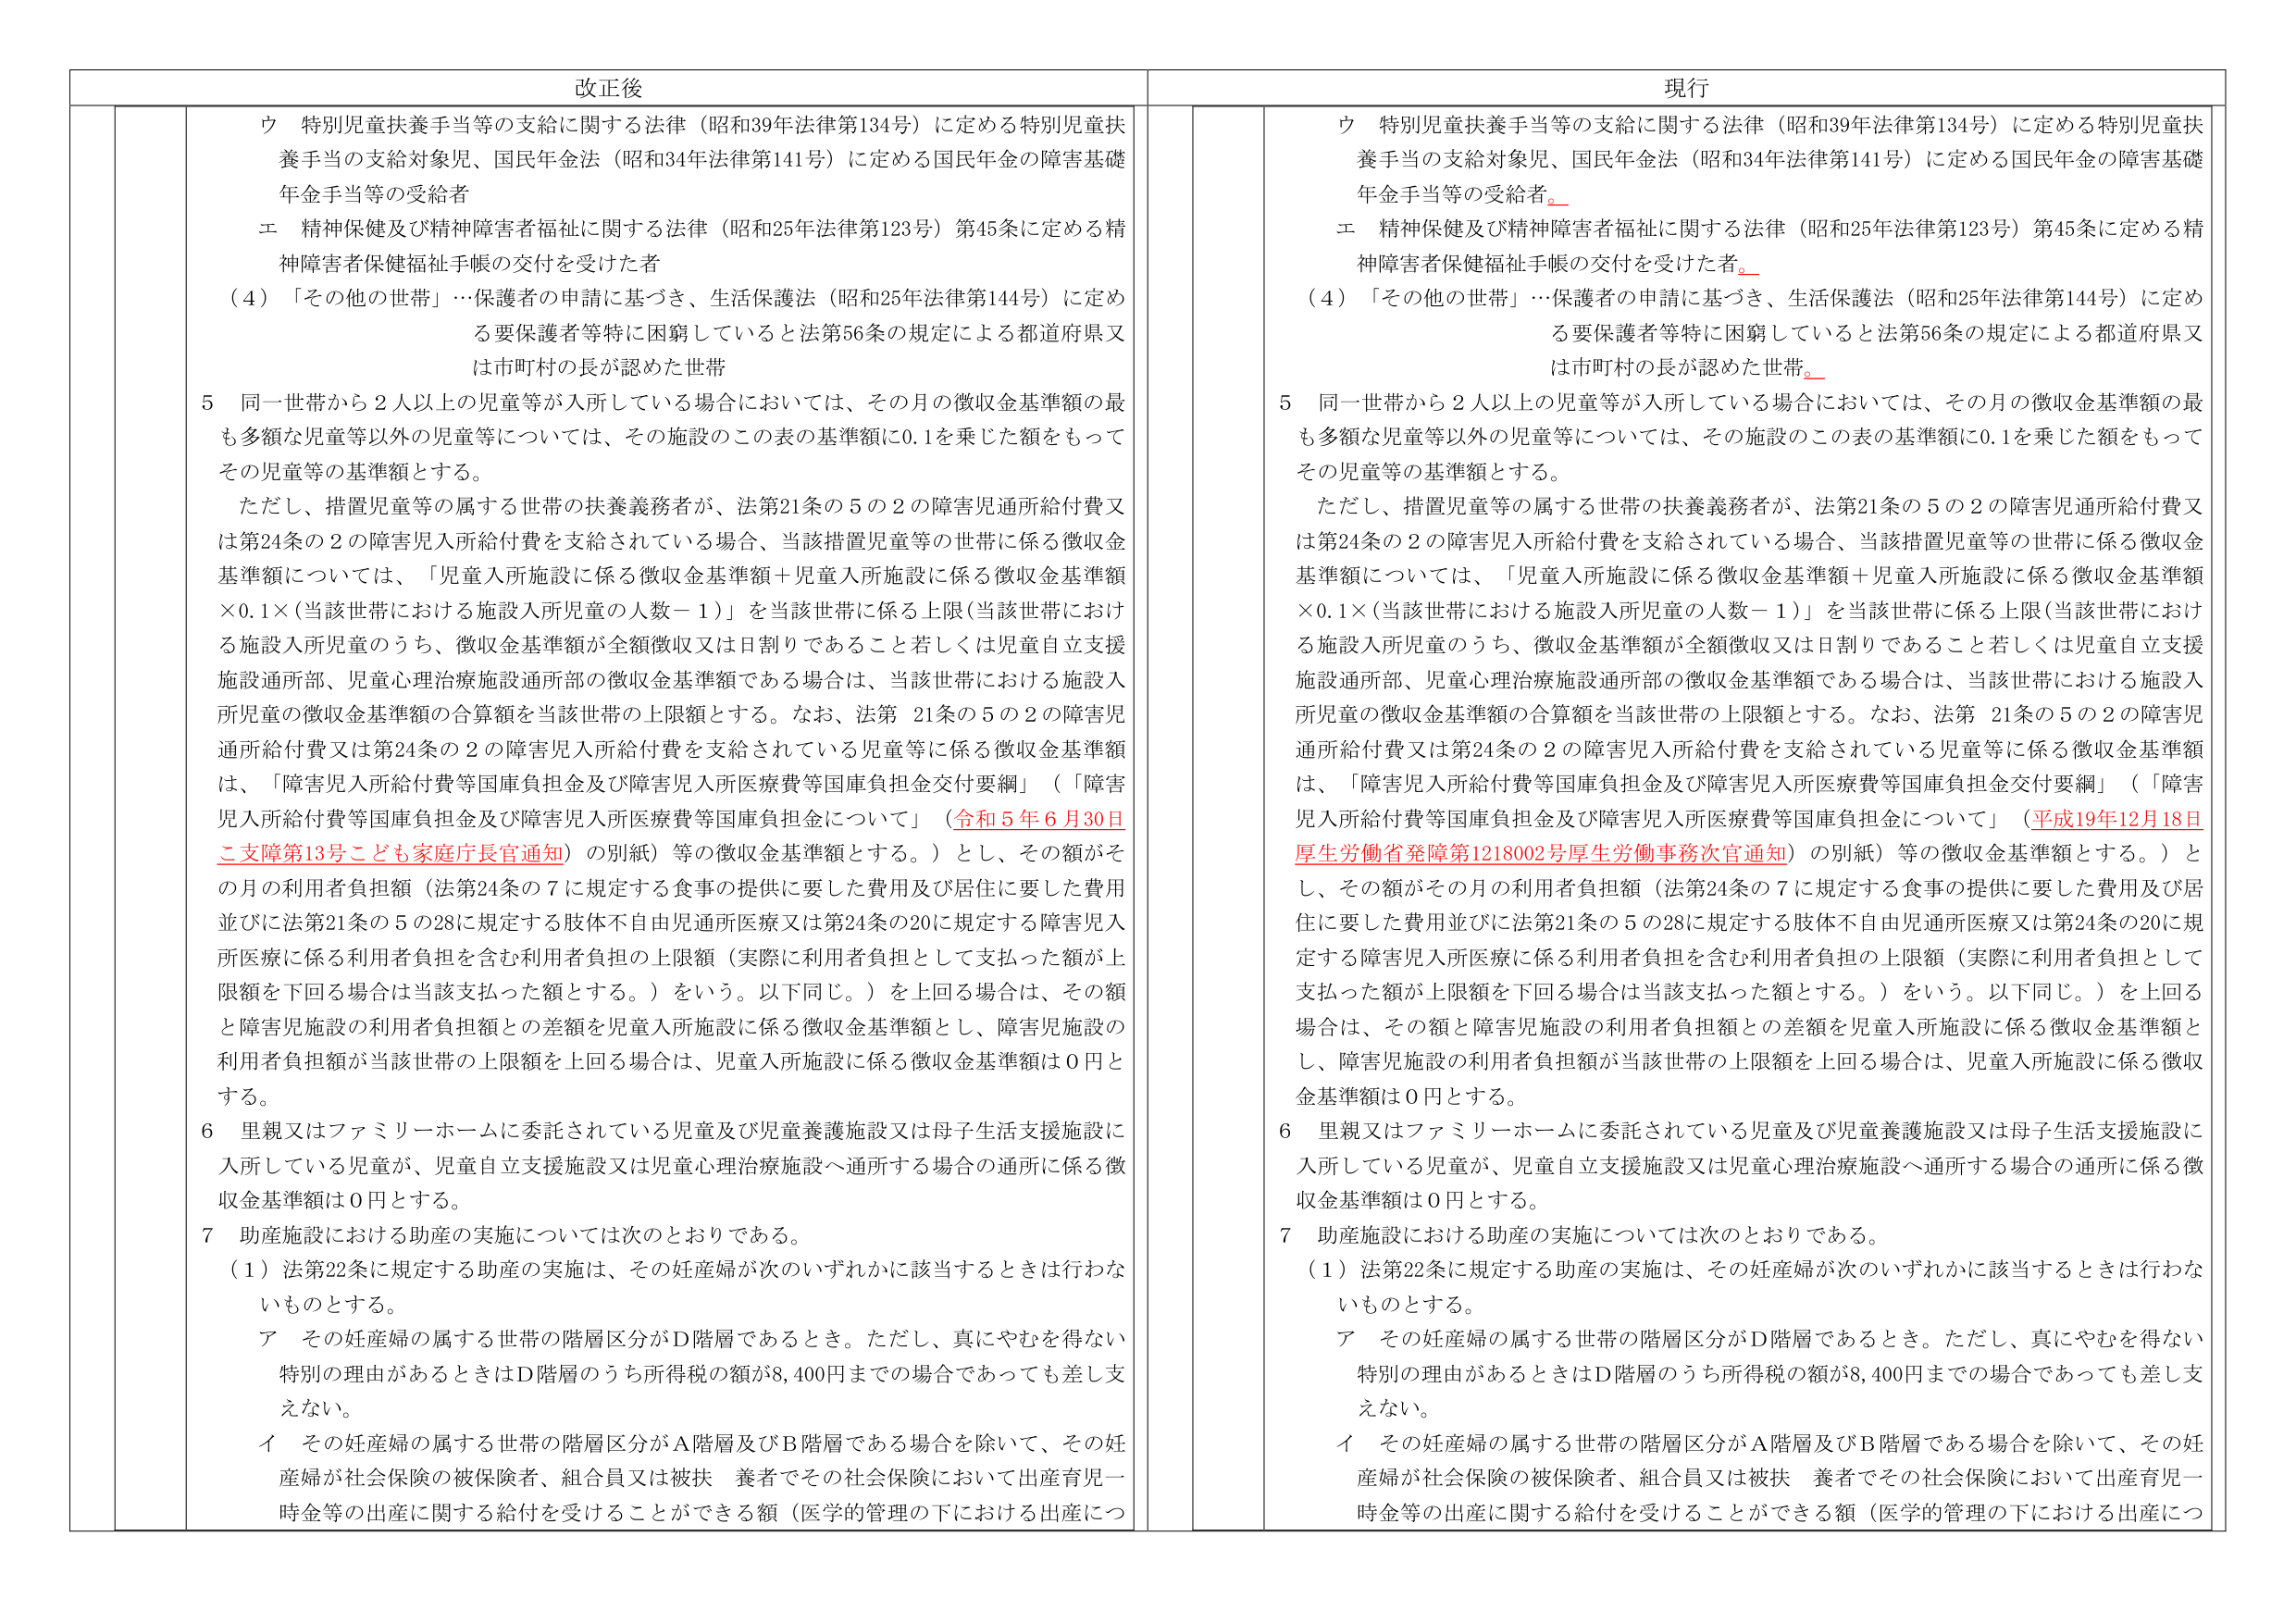
改正後

ウ 特別児童扶養手当等の支給に関する法律（昭和39年法律第134号）に定める特別児童扶養手当の支給対象児、国民年金法（昭和34年法律第141号）に定める国民年金の障害基礎年金手当等の受給者

エ 精神保健及び精神障害者福祉に関する法律（昭和25年法律第123号）第45条に定める精神障害者保健福祉手帳の交付を受けた者

（4）「その他の世帯」…保護者の申請に基づき、生活保護法（昭和25年法律第144号）に定める要保護者等特に困窮していると法第56条の規定による都道府県又は市町村の長が認めた世帯

5 同一世帯から2人以上の児童等が入所している場合においては、その月の徴収金基準額の最も多額な児童等以外の児童等については、その施設のこの表の基準額に0.1を乗じた額をもってその児童等の基準額とする。

ただし、措置児童等の属する世帯の扶養義務者が、法第21条の5の2の障害児通所給付費又は第24条の2の障害児入所給付費を支給されている場合、当該措置児童等の世帯に係る徴収金基準額については、「児童入所施設に係る徴収金基準額＋児童入所施設に係る徴収金基準額×0.1×（当該世帯における施設入所児童の人数－1）」を当該世帯に係る上限（当該世帯における施設入所児童のうち、徴収金基準額が全額徴収又は日割りであること若しくは児童自立支援施設通所部、児童心理治療施設通所部の徴収金基準額である場合は、当該世帯における施設入所児童の徴収金基準額の合算額を当該世帯の上限額とする。なお、法第21条の5の2の障害児通所給付費又は第24条の2の障害児入所給付費を支給されている児童等に係る徴収金基準額は、「障害児入所給付費等国庫負担金及び障害児入所医療費等国庫負担金交付要綱」（「障害児入所給付費等国庫負担金及び障害児入所医療費等国庫負担金について」（令和5年6月30日こ支援第13号こども家庭庁長官通知）の別紙）等の徴収金基準額とする。）とし、その額がその月の利用者負担額（法第24条の7に規定する食事の提供に要した費用及び居住に要した費用並びに法第21条の5の28に規定する肢体不自由児通所医療又は第24条の20に規定する障害児入所医療に係る利用者負担を含む利用者負担の上限額（実際に利用者負担として支払った額が上限額を下回る場合は当該支払った額とする。）をいう。以下同じ。）を上回る場合は、その額と障害児施設の利用者負担額との差額を児童入所施設に係る徴収金基準額とし、障害児施設の利用者負担額が当該世帯の上限額を上回る場合は、児童入所施設に係る徴収金基準額は0円とする。

6 里親又はファミリーホームに委託されている児童及び児童養護施設又は母子生活支援施設に入所している児童が、児童自立支援施設又は児童心理治療施設へ通所する場合の通所に係る徴収金基準額は0円とする。

7 助産施設における助産の実施については次のとおりである。

（1）法第22条に規定する助産の実施は、その妊産婦が次のいずれかに該当するときは行わないものとする。

ア その妊産婦の属する世帯の階層区分がD階層であるとき。ただし、真にやむを得ない特別の理由があるときはD階層のうち所得税の額が8,400円までの場合であっても差し支えない。

イ その妊産婦の属する世帯の階層区分がA階層及びB階層である場合を除いて、その妊産婦が社会保険の被保険者、組合員又は被扶養者でその社会保険において出産育児一時金等の出産に関する給付を受けることができる額（医学的管理の下における出産につ

現行

ウ 特別児童扶養手当等の支給に関する法律（昭和39年法律第134号）に定める特別児童扶養手当の支給対象児、国民年金法（昭和34年法律第141号）に定める国民年金の障害基礎年金手当等の受給者。

エ 精神保健及び精神障害者福祉に関する法律（昭和25年法律第123号）第45条に定める精神障害者保健福祉手帳の交付を受けた者。

（4）「その他の世帯」…保護者の申請に基づき、生活保護法（昭和25年法律第144号）に定める要保護者等特に困窮していると法第56条の規定による都道府県又は市町村の長が認めた世帯。

5 同一世帯から2人以上の児童等が入所している場合においては、その月の徴収金基準額の最も多額な児童等以外の児童等については、その施設のこの表の基準額に0.1を乗じた額をもってその児童等の基準額とする。

ただし、措置児童等の属する世帯の扶養義務者が、法第21条の5の2の障害児通所給付費又は第24条の2の障害児入所給付費を支給されている場合、当該措置児童等の世帯に係る徴収金基準額については、「児童入所施設に係る徴収金基準額＋児童入所施設に係る徴収金基準額×0.1×（当該世帯における施設入所児童の人数－1）」を当該世帯に係る上限（当該世帯における施設入所児童のうち、徴収金基準額が全額徴収又は日割りであること若しくは児童自立支援施設通所部、児童心理治療施設通所部の徴収金基準額である場合は、当該世帯における施設入所児童の徴収金基準額の合算額を当該世帯の上限額とする。なお、法第21条の5の2の障害児通所給付費又は第24条の2の障害児入所給付費を支給されている児童等に係る徴収金基準額は、「障害児入所給付費等国庫負担金及び障害児入所医療費等国庫負担金交付要綱」（「障害児入所給付費等国庫負担金及び障害児入所医療費等国庫負担金について」（平成19年12月18日厚生労働省発障第1218002号厚生労働事務次官通知）の別紙）等の徴収金基準額とする。）とし、その額がその月の利用者負担額（法第24条の7に規定する食事の提供に要した費用及び居住に要した費用並びに法第21条の5の28に規定する肢体不自由児通所医療又は第24条の20に規定する障害児入所医療に係る利用者負担を含む利用者負担の上限額（実際に利用者負担として支払った額が上限額を下回る場合は当該支払った額とする。）をいう。以下同じ。）を上回る場合は、その額と障害児施設の利用者負担額との差額を児童入所施設に係る徴収金基準額とし、障害児施設の利用者負担額が当該世帯の上限額を上回る場合は、児童入所施設に係る徴収金基準額は0円とする。

6 里親又はファミリーホームに委託されている児童及び児童養護施設又は母子生活支援施設に入所している児童が、児童自立支援施設又は児童心理治療施設へ通所する場合の通所に係る徴収金基準額は0円とする。

7 助産施設における助産の実施については次のとおりである。

（1）法第22条に規定する助産の実施は、その妊産婦が次のいずれかに該当するときは行わないものとする。

ア その妊産婦の属する世帯の階層区分がD階層であるとき。ただし、真にやむを得ない特別の理由があるときはD階層のうち所得税の額が8,400円までの場合であっても差し支えない。

イ その妊産婦の属する世帯の階層区分がA階層及びB階層である場合を除いて、その妊産婦が社会保険の被保険者、組合員又は被扶養者でその社会保険において出産育児一時金等の出産に関する給付を受けることができる額（医学的管理の下における出産につ